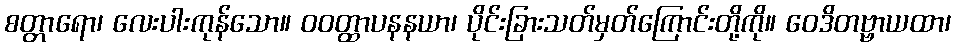
စတ္တာရော၊ လေးပါးကုန်သော။ ဝဝတ္ထာပနနယာ၊ ပိုင်းခြားသတ်မှတ်ကြောင်းတို့ကို။ ဝေဒိတဗ္ဗာယထာ၊